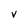
Character: V